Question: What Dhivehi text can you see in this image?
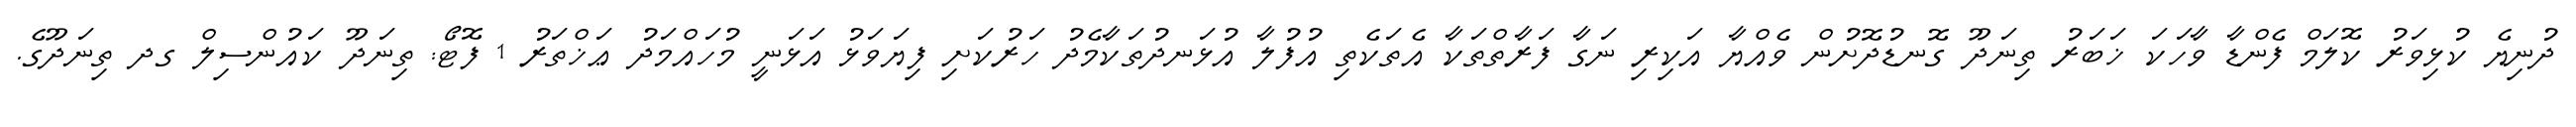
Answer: ދުނިޔެ ކުޅިވަރު ކޮލަމް ފެންޑާ ވާހަކަ ޚަބަރު ތިނަދޫ ގޮނޑުދޮށުން ވެއްޔާ އަކިރި ނަގާ ފަރާތްތަކާ އެތަކެތި އުފުލާ އުޅަނދުތަކާމެދު ހަރުކަށި ފިޔަވަޅު އަޅަނީ މުހައްމަދު ޢަޚްތަރު 1 ފޮޓޯ: ތިނަދޫ ކައުންސިލް ގދ ތިނަދޫގެ.